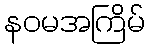
နဝမအကြိမ်